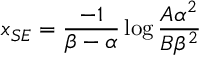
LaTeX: { x _ { S E } = { \frac { - 1 } { \beta - \alpha } } \log { \frac { A { \alpha } ^ { 2 } } { B { \beta } ^ { 2 } } } }